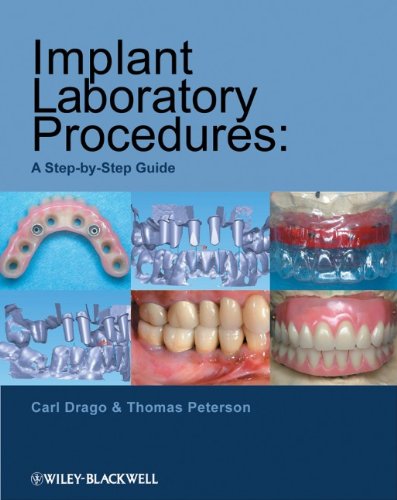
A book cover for Implant Laboratory Procedures: A Step-by-Step Guide; Carl Drago; Medical Books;